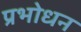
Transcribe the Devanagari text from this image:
प्रभोधन